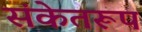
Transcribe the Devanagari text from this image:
संकेतरूप